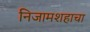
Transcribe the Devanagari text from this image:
निजामशहाचा